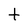
Character: t